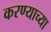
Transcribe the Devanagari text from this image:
करण्‍याच्‍या